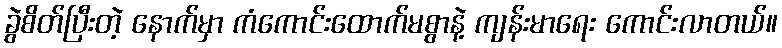
ခွဲစိတ်ပြီးတဲ့ နောက်မှာ ကံကောင်းထောက်မစွာနဲ့ ကျန်းမာရေး ကောင်းလာတယ်။